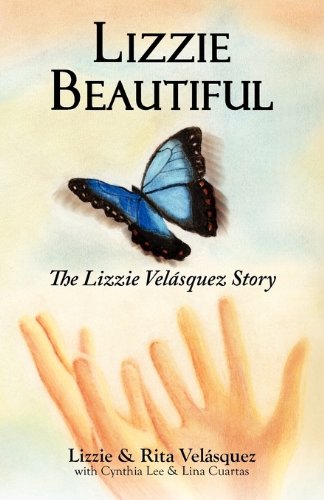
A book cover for Lizzie Beautiful. The Lizzie VelÃ¡squez story; Lizzie VelÃ¡squez; Biographies & Memoirs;